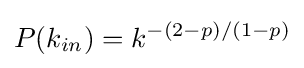
P(k_{in})=k^{-(2-p)/(1-p)}